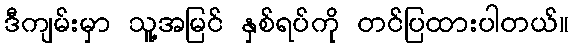
ဒီကျမ်းမှာ သူ့အမြင် နှစ်ရပ်ကို တင်ပြထားပါတယ်။